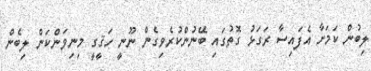
ލިބުން ކަމަށާ އެފައިސާ ރަގަޅު ގޮތުގައި ބޭނުންކުރެވިގެން ނޫނީ ހަޤީގީ މިނިވަންކަން ލިބެން